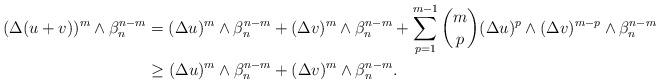
LaTeX: \begin{align*} \begin{aligned}(\Delta (u+v))^m\wedge\beta_n^{n-m}&=(\Delta u)^m\wedge\beta_n^{n-m}+(\Delta v)^m\wedge\beta_n^{n-m}+\sum\limits_{p=1}^{m-1}\binom{m}{p}(\Delta u)^p\wedge(\Delta v)^{m-p}\wedge\beta_n^{n-m}\\&\geq (\Delta u)^m\wedge\beta_n^{n-m}+(\Delta v)^m\wedge\beta_n^{n-m}.\\\end{aligned} \end{align*}